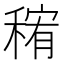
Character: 𱶗